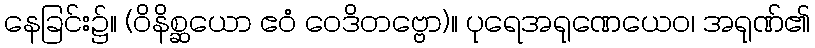
နေခြင်း၌။ (ဝိနိစ္ဆယော ဧဝံ ဝေဒိတဗ္ဗော)။ ပုရေအရုဏေယေဝ၊ အရုဏ်၏